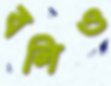
বলিও